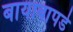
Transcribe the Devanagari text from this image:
बायाबापडे